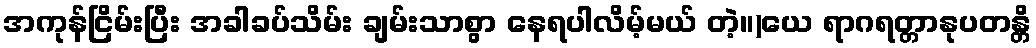
အကုန်ငြိမ်းပြီး အခါခပ်သိမ်း ချမ်းသာစွာ နေရပါလိမ့်မယ် တဲ့။)ယေ ရာဂရတ္တာနုပတန္တိ